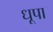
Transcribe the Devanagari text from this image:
धूपा